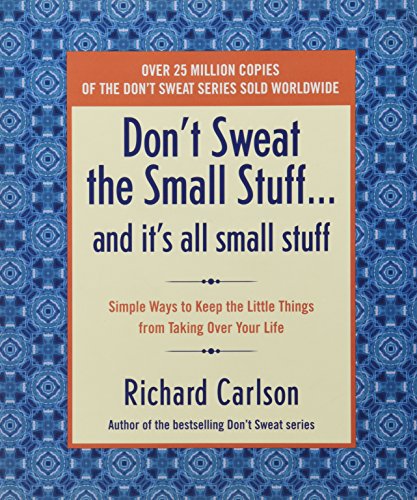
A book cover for Don't Sweat the Small Stuff and It's All Small Stuff: Simple Ways to Keep the Little Things From Taking Over Your Life (Don't Sweat the Small Stuff Series); Richard Carlson; Self-Help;